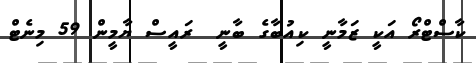
ކާސްޓްރޯ އަކީ ޒަމާނީ ކިއުބާގެ ބާނީ  ރައީސް ޔާމީން 59 މިނެޓް